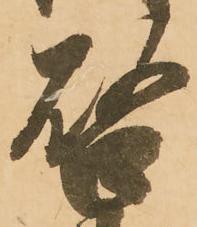
啓